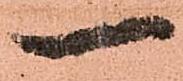
一